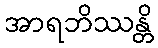
အာရဘိဿန္တိ